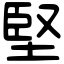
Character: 堅